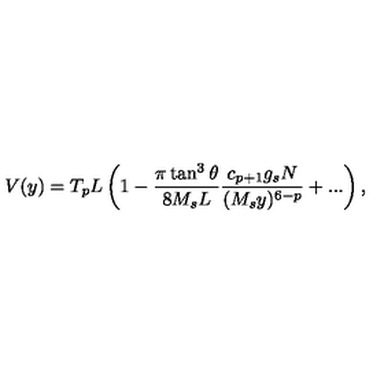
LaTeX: V ( y ) = T _ { p } L \left( 1 - \frac { \pi \tan ^ { 3 } \theta } { 8 M _ { s } L } \frac { c _ { p + 1 } g _ { s } N } { ( M _ { s } y ) ^ { 6 - p } } + . . . \right) ,